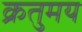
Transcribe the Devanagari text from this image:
क्रतुमय